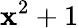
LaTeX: \mathbf{x}^{2}+1